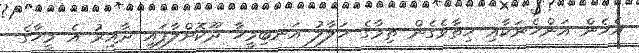
އެހެން އަންހެނަކާއި ހިތާވެގެން ތިމާގެ ހަލާލު އަނބިމީހާ ދޫކޮށްލާފައި ދާއިރު އެ މީހާގެ